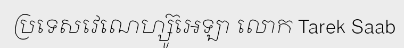
ប្រទេសវេណេហ្ស៊ូអេឡា លោក Tarek Saab